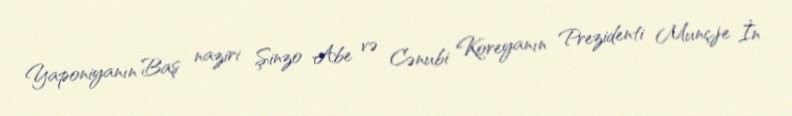
Yaponiyanın Baş naziri Şinzo Abe və Cənubi Koreyanın Prezidenti Munçje İn